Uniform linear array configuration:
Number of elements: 4
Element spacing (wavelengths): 0.75
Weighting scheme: cosine
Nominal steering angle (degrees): -30
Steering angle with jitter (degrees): -31.059
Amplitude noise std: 0.05
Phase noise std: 0.05

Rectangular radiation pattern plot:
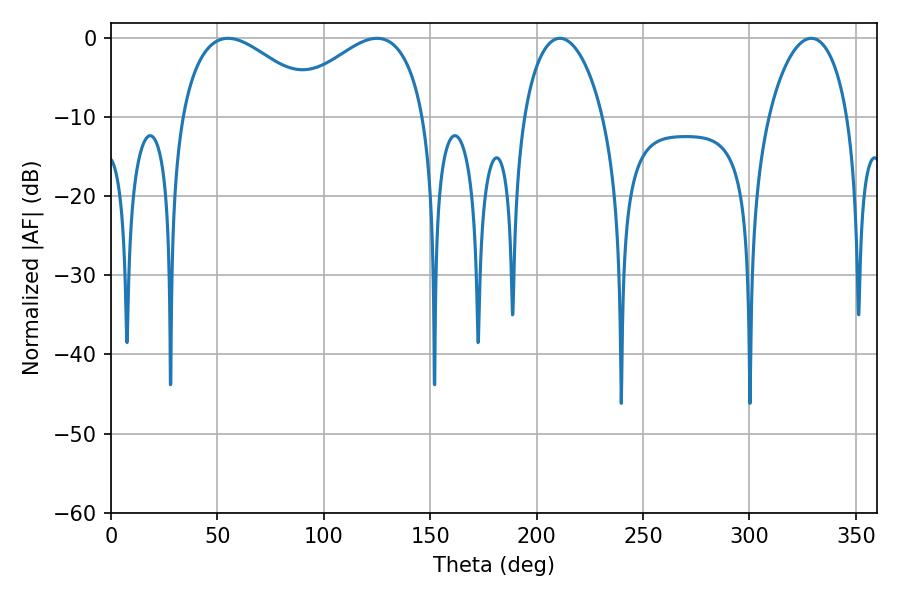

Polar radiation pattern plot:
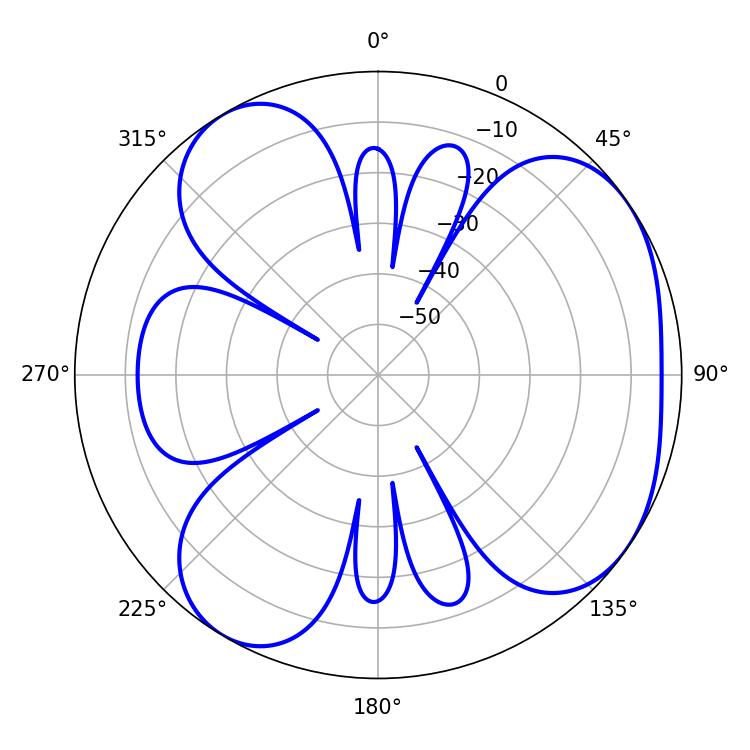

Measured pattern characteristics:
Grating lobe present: TRUE
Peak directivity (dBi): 4.893
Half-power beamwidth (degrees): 21.24
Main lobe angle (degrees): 210.96